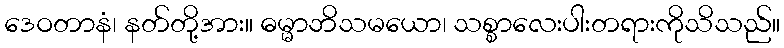
ဒေဝတာနံ၊ နတ်တို့အား။ ဓမ္မာဘိသမယော၊ သစ္စာလေးပါးတရားကိုသိသည်။